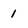
Character: 1